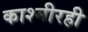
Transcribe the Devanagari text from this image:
काश्मीरही